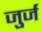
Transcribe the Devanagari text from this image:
जुर्ज